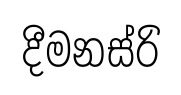
දීමනස්රි